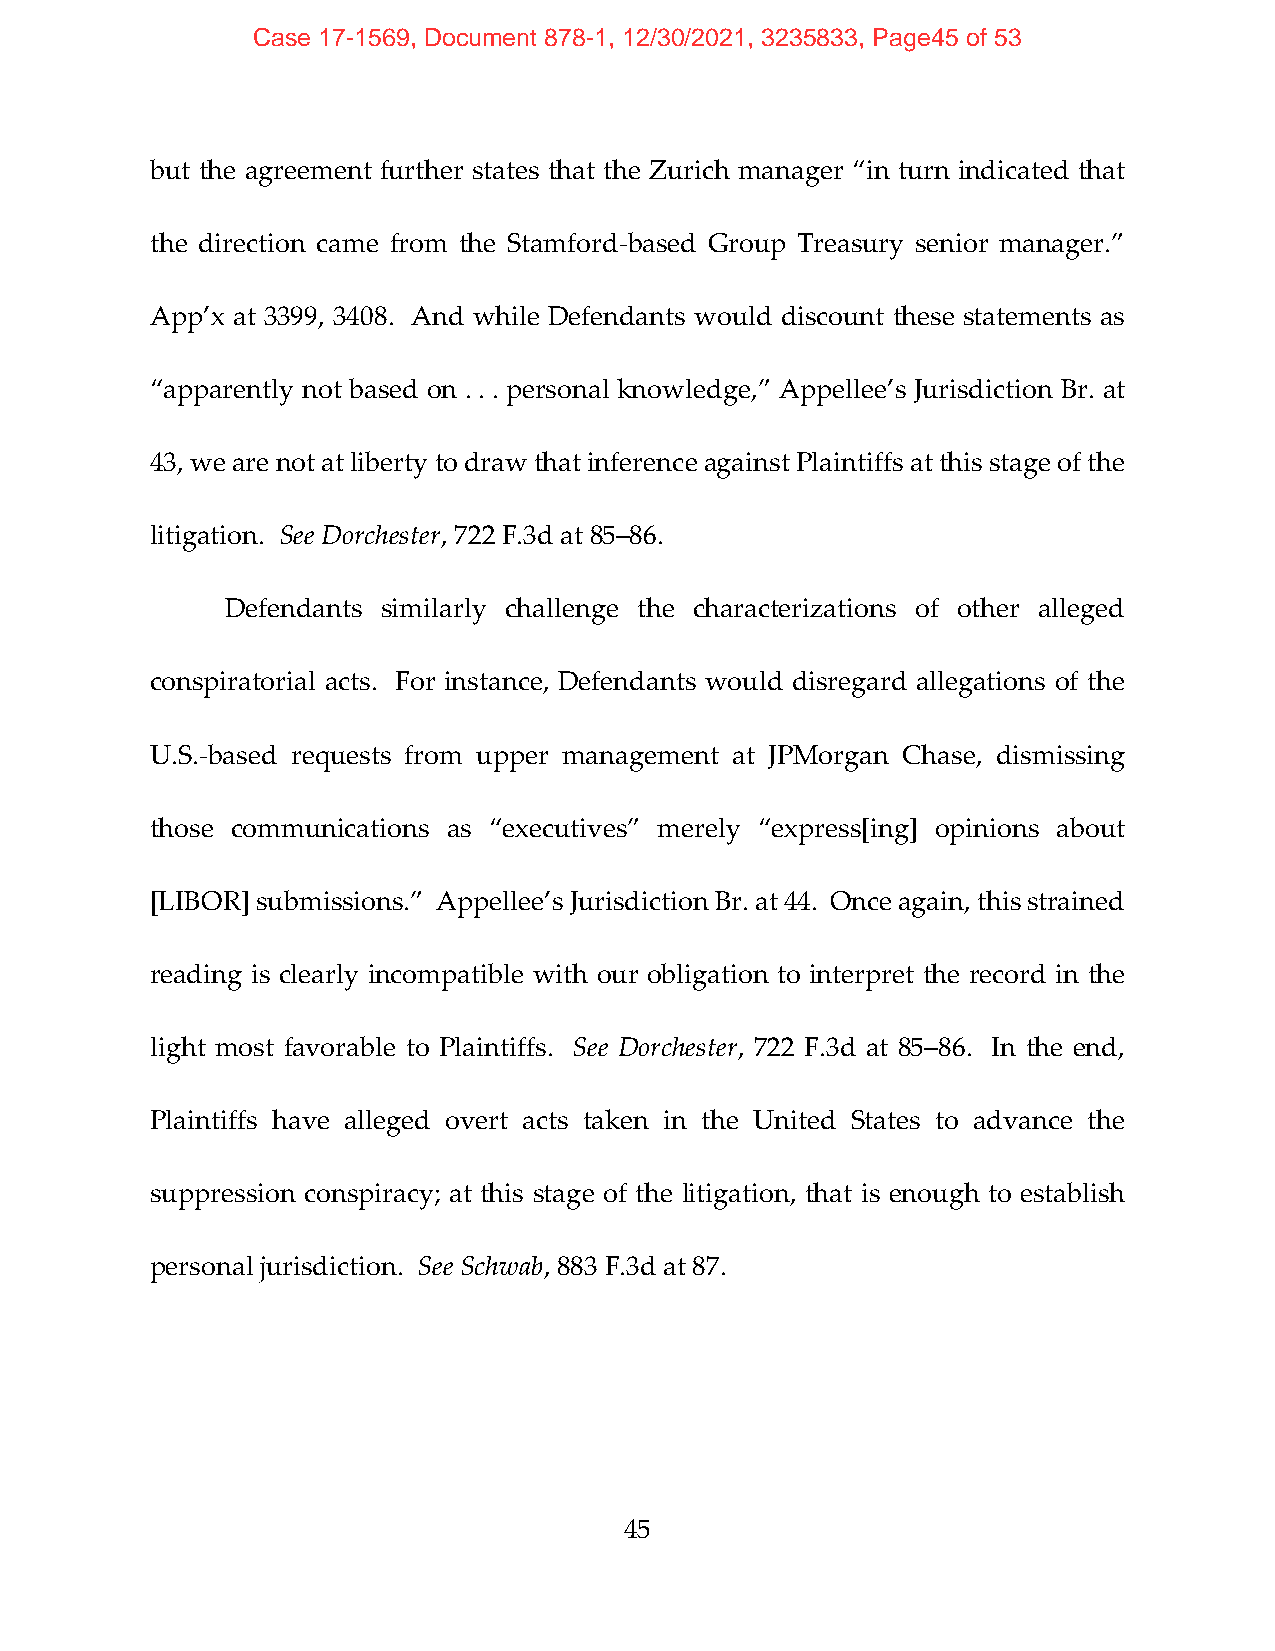
Case 17-1569, Document 878-1, 12/30/2021, 3235833, Page45 of 53
 but the agreement further states that the Zurich manager “in turn indicated that
 the direction came from the Stamford‐based Group Treasury senior manager.”
 App’x at 3399, 3408. And while Defendants would discount these statements as
 “apparently not based on . . . personal knowledge,” Appellee’s Jurisdiction Br. at
 43, we are not at liberty to draw that inference against Plaintiffs at this stage of the
 litigation. See Dorchester, 722 F.3d at 85–86.
 Defendants similarly challenge the characterizations of other alleged
 conspiratorial acts. For instance, Defendants would disregard allegations of the
 U.S.‐based requests from upper management at JPMorgan Chase, dismissing
 those communications as “executives” merely “express[ing] opinions about
 [LIBOR] submissions.” Appellee’s Jurisdiction Br. at 44. Once again, this strained
 reading is clearly incompatible with our obligation to interpret the record in the
 light most favorable to Plaintiffs. See Dorchester, 722 F.3d at 85–86. In the end,
 Plaintiffs have alleged overt acts taken in the United States to advance the
 suppression conspiracy; at this stage of the litigation, that is enough to establish
 personal jurisdiction. See Schwab, 883 F.3d at 87.
 45